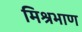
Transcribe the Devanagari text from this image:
मिश्रभाण